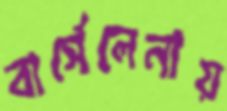
বার্সেলেনায়